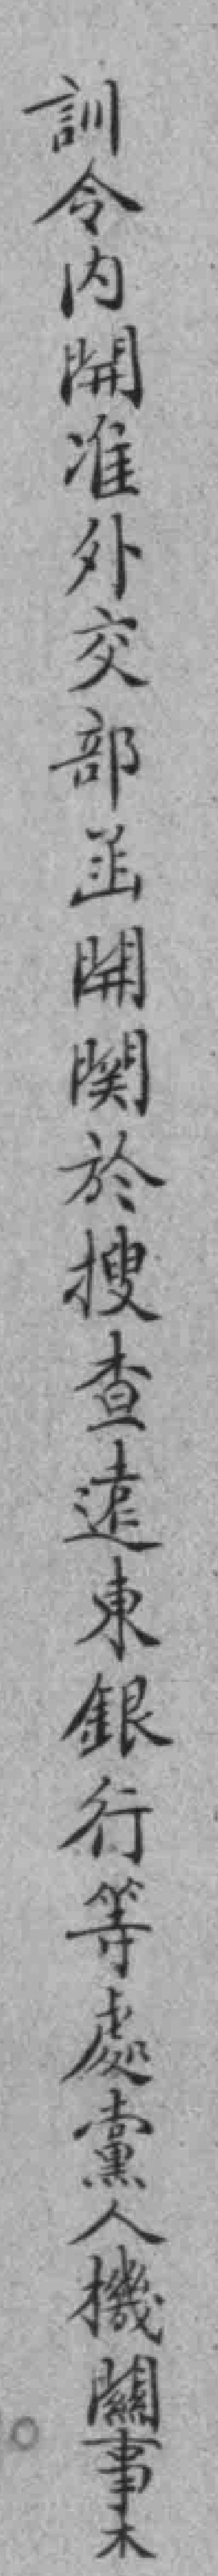
訓今內開准外交部函開関於搜查遠東銀行等處黨人機闗事*